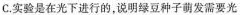
c.实验是在光下进行的，说明绿豆种子萌发需要光